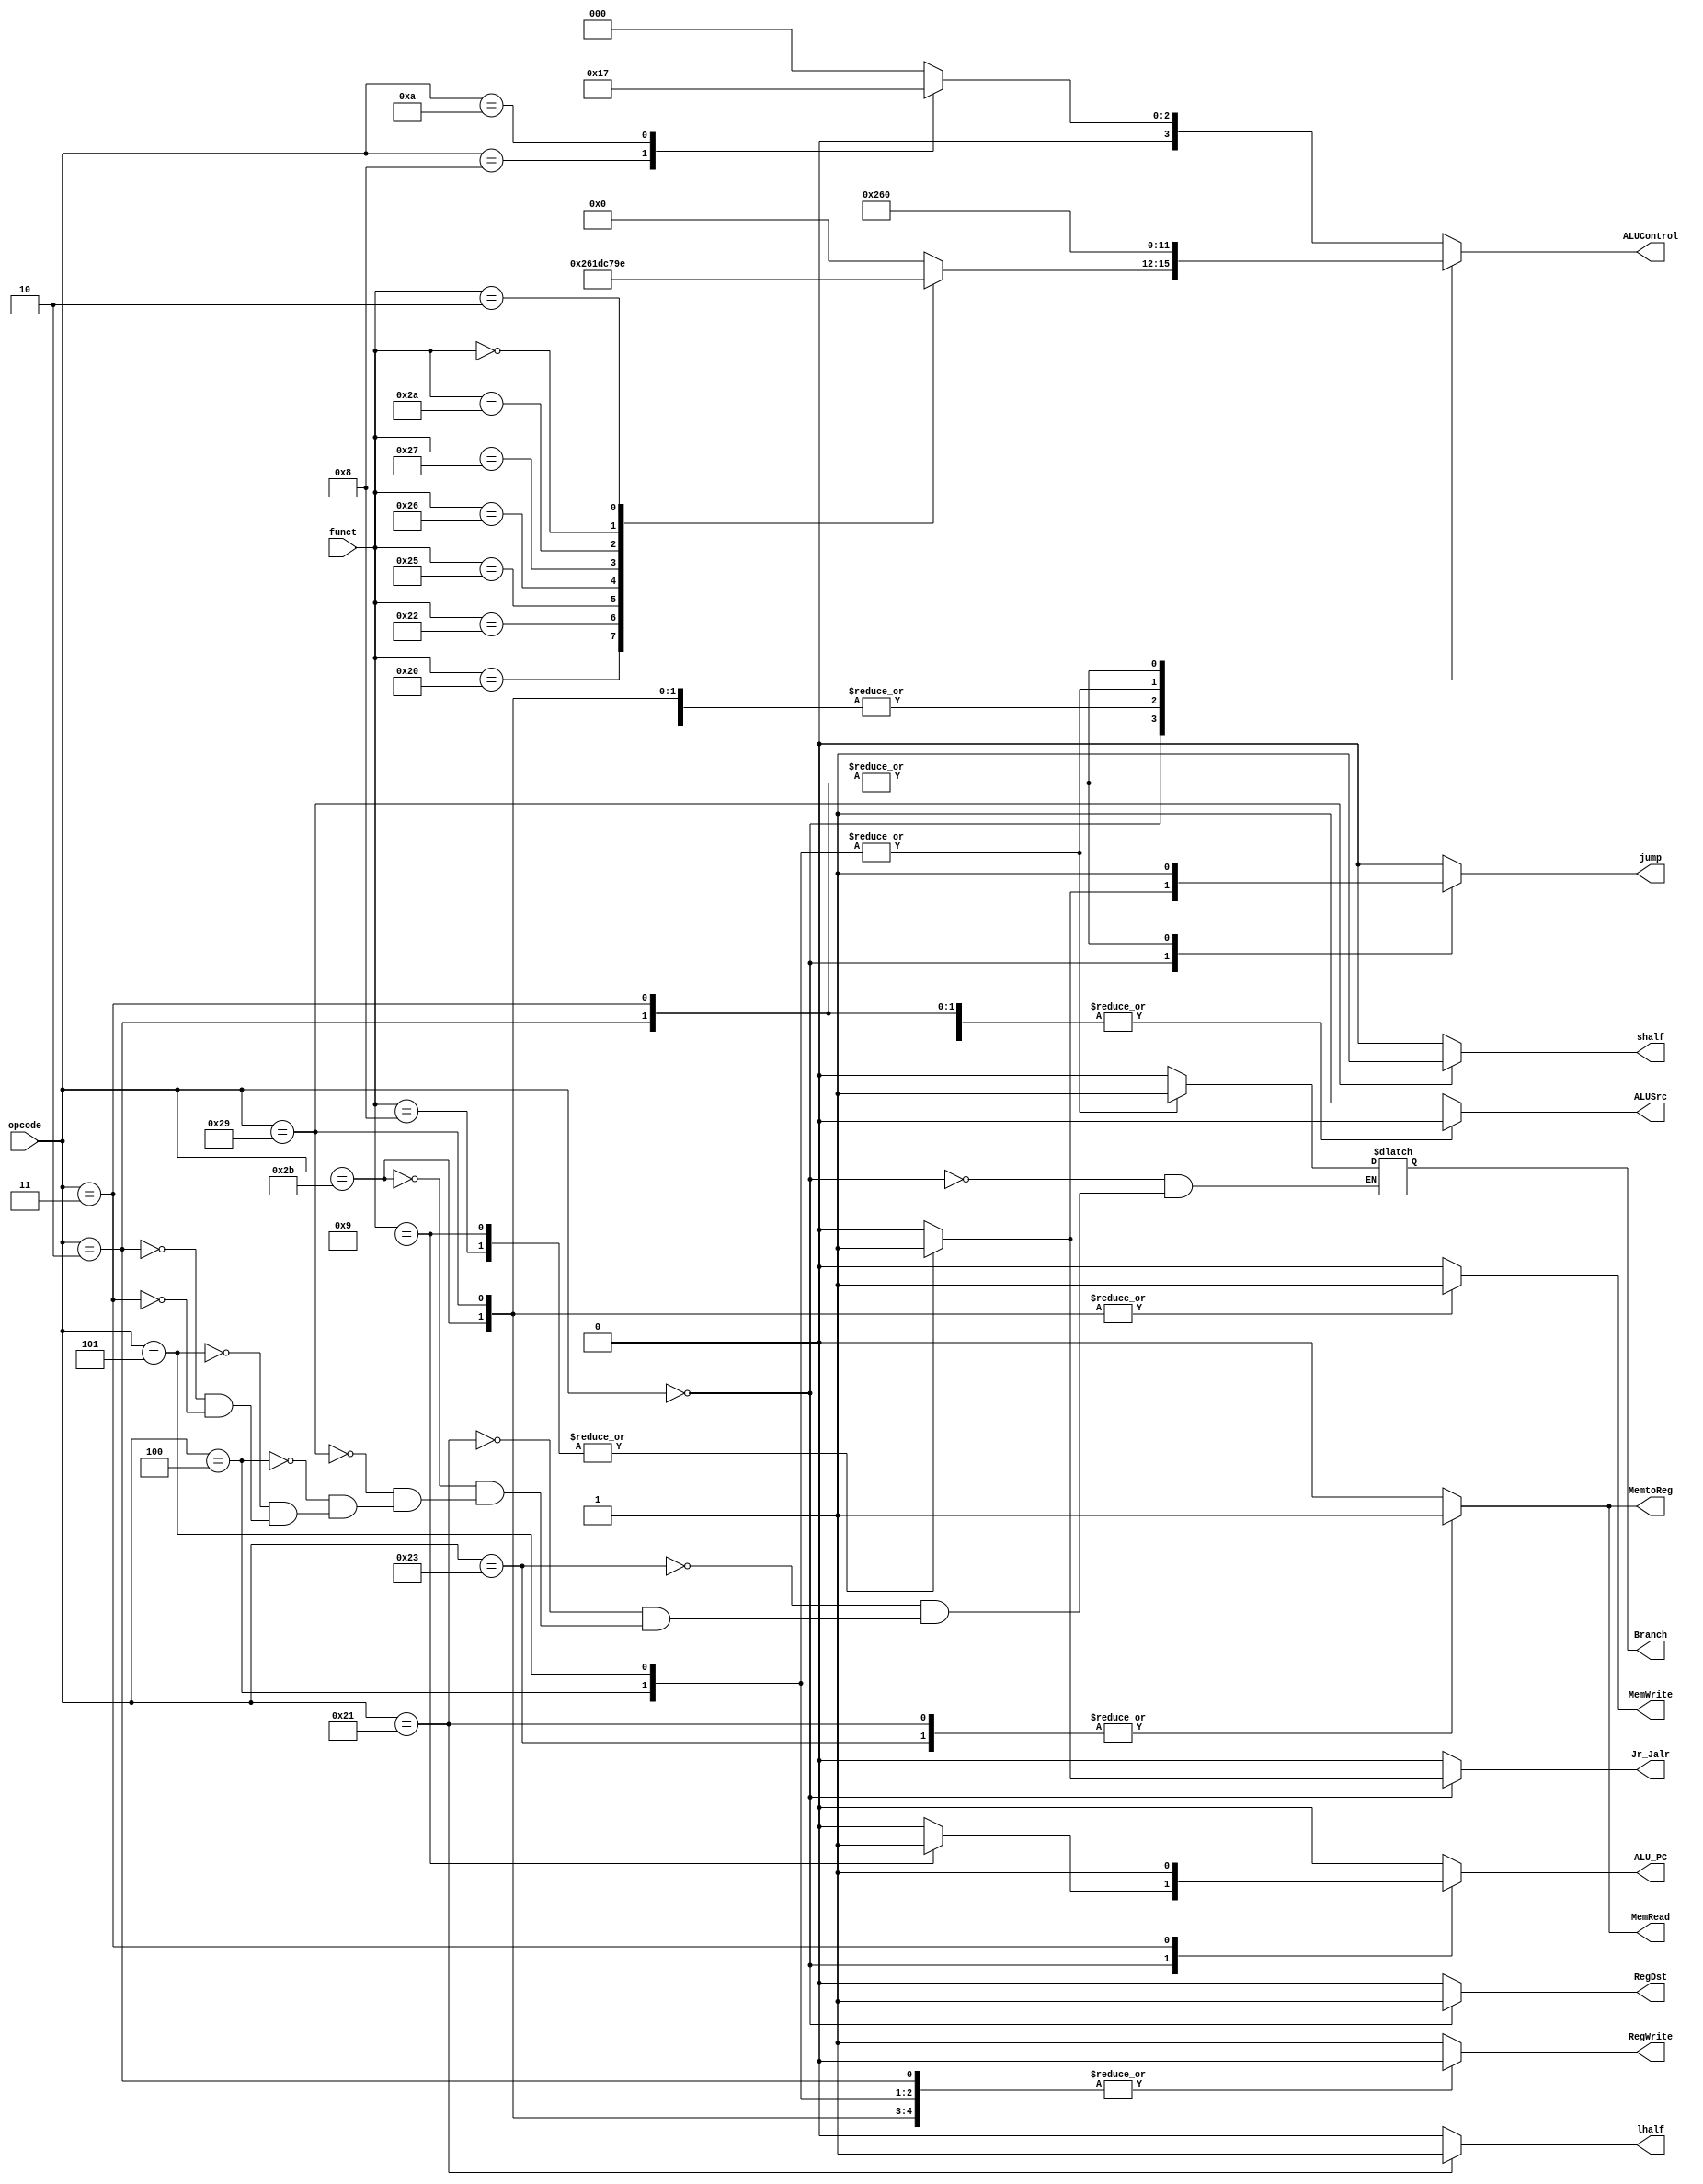
 // Controller

module Controller ( 
    opcode, funct,
    RegDst, MemtoReg, RegWrite,
    MemRead, MemWrite,
    ALUSrc, ALUControl,Branch,
    jump, lhalf,shalf, Jr_Jalr, ALU_PC
);

	input  [5:0] opcode;
    input  [5:0] funct;
	// write your code in here
	output reg	RegDst;
 	output reg	ALUSrc;
	output reg	MemtoReg;
	output reg	RegWrite;
    output reg	MemRead;
    output reg	MemWrite;
	output reg  Branch;
	output reg  [3:0]  ALUControl;
    output reg  jump;
    output reg  lhalf;
    output reg  shalf;
    output reg  Jr_Jalr;
    output reg  ALU_PC;

	
	// R & I & J-type opcode
	localparam Rformat	= 6'b000000;
	localparam addi     = 6'b001000;
	localparam andi     = 6'b001100;
	localparam slti     = 6'b001010;
	localparam beq      = 6'b000100;
	localparam bne      = 6'b000101;
	localparam lw       = 6'b100011;
    localparam lh       = 6'b100001;
    localparam sw       = 6'b101011;
	localparam sh       = 6'b101001;
    localparam j        = 6'b000010;
    localparam JAL      = 6'b000011;

	//R-type funct
    localparam add      = 6'b100000;
    localparam sub      = 6'b100010;
    localparam AND      = 6'b100100;
    localparam OR       = 6'b100101;
    localparam XOR      = 6'b100110;
	localparam NOR      = 6'b100111;
    localparam slt      = 6'b101010;
    localparam sll      = 6'b000000;
	localparam srl      = 6'b000010;
	localparam jr      	= 6'b001000;
	localparam jalr     = 6'b001001;



	always @(*) begin
        jump    = 1'b0;
        lhalf   = 1'b0;
        shalf   = 1'b0;
        Jr_Jalr = 1'b0;
        ALU_PC  = 1'b0; 
        ALUControl  = 0; 

		case (opcode)
			Rformat: begin
    			RegDst      = 1'b1;
                ALUSrc      = 1'b0;
                MemtoReg    = 1'b0;
                RegWrite    = 1'b1;
                MemRead     = 1'b0;
                MemWrite    = 1'b0;
				Branch		= 1'b0;
                case (funct)
					add: begin
						ALUControl  = 4'b0010;
					end
					sub: begin
						ALUControl  = 4'b0110;
					end
					AND: begin
						ALUControl  = 4'b0000;
					end
					OR: begin
						ALUControl  = 4'b0001;
					end
					XOR: begin
						ALUControl  = 4'b1101; //custom
					end
					NOR: begin
						ALUControl  = 4'b1100; //custom
					end
					slt: begin
						ALUControl  = 4'b0111;
					end
					sll: begin
						ALUControl  = 4'b1001;  //custom 
					end
					srl: begin
						ALUControl  = 4'b1110;  //custom
					end
					jr: begin
                        jump        = 1'b1;
						Jr_Jalr     = 1'b1;
					end
					jalr: begin
                        jump        = 1'b1;
						Jr_Jalr     = 1'b1;
                        ALU_PC      = 1'b1; 
					end
                    default :begin
                        ALUControl  = 0; 
                    end
                endcase
            end
            lw: begin
                RegDst      = 1'b0;
                ALUSrc      = 1'b1;
                MemtoReg    = 1'b1;
                RegWrite    = 1'b1;
                MemRead     = 1'b1;
                MemWrite    = 1'b0;
				Branch		= 1'b0;
                ALUControl  = 4'b0010;
            end
			lh: begin
                RegDst      = 1'b0;
                ALUSrc      = 1'b1;
                MemtoReg    = 1'b1;
                RegWrite    = 1'b1;
                MemRead     = 1'b1;
                MemWrite    = 1'b0;
				Branch		= 1'b0;
                ALUControl  = 4'b0010;
                lhalf       = 1'b1;
            end
            sw: begin
                RegDst      = 1'b0;
                ALUSrc      = 1'b1;
                MemtoReg    = 1'b0;
                RegWrite    = 1'b0;
                MemRead     = 1'b0;
                MemWrite    = 1'b1;
				Branch		= 1'b0;
                ALUControl  = 4'b0010;
            end
			sh: begin
                RegDst      = 1'b0;
                ALUSrc      = 1'b1;
                MemtoReg    = 1'b0;
                RegWrite    = 1'b0;
                MemRead     = 1'b0;
                MemWrite    = 1'b1;
				Branch		= 1'b0;
                ALUControl  = 4'b0010;
                shalf       = 1'b1;
            end
			beq: begin
                RegDst      = 1'b0;
                ALUSrc      = 1'b0;
                MemtoReg    = 1'b0;
                RegWrite    = 1'b0;
                MemRead     = 1'b0;
                MemWrite    = 1'b0;
				Branch		= 1'b1;
                ALUControl  = 4'b0110;
            end
			bne: begin
                RegDst      = 1'b0;
                ALUSrc      = 1'b0;
                MemtoReg    = 1'b0;
                RegWrite    = 1'b0;
                MemRead     = 1'b0;
                MemWrite    = 1'b0;
				Branch		= 1'b1;
                ALUControl  = 4'b0110;
            end
            j  : begin
                RegDst      = 1'b0;
                ALUSrc      = 1'b0;
                MemtoReg    = 1'b0;
                RegWrite    = 1'b0;
                MemRead     = 1'b0;
                MemWrite    = 1'b0;
				Branch		= 1'b0; 
                jump        = 1'b1;
                Jr_Jalr      = 1'b0;
            end
            JAL  : begin
                RegDst      = 1'b0;
                ALUSrc      = 1'b0;
                MemtoReg    = 1'b0;
                RegWrite    = 1'b1; //?
                MemRead     = 1'b0;
                MemWrite    = 1'b0;
				Branch		= 1'b0; 
                jump        = 1'b1;
                Jr_Jalr     = 1'b0;
                ALU_PC      = 1'b1; 
            end
            default: begin
                RegDst      = 1'b0;
                ALUSrc      = 1'b1;
                MemtoReg    = 1'b0;
                RegWrite    = 1'b1;
                MemRead     = 1'b0;
                MemWrite    = 1'b0;
                case (opcode)
                    addi:   ALUControl = 4'b0010;
                    andi:   ALUControl = 4'b0000;
                    slti:   ALUControl = 4'b0111;
                endcase
            end
	  endcase

	end

endmodule